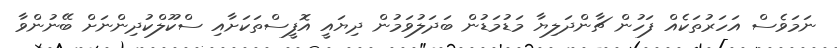
ނަމަވެސް އަހަރުތަކެއް ފަހުން ޗާންދަލިޔާ މަޑުމަޑުން ބަދަލުވަމުން ދިޔައީ އޮފީސްތަކަށާއި ސްކޫލްކުދިންނަށް ބޭނުންވާ